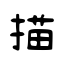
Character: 描